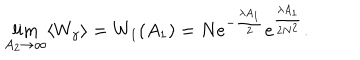
LaTeX: \lim _ { A _ { 2 } \rightarrow \infty } \langle W _ { \gamma } \rangle = W _ { 1 } ( A _ { 1 } ) = N e ^ { - \frac { \lambda A _ { 1 } } { 2 } } e ^ { \frac { \lambda A _ { 1 } } { 2 N ^ { 2 } } } .